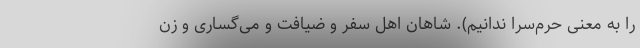
را به معنی حرم‌سرا ندانیم). شاهان اهل سفر و ضیافت و می‌گساری و زن